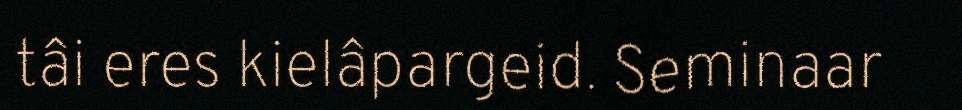
tâi eres kielâpargeid. Seminaar